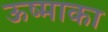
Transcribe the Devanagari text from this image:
ऊष्माका